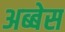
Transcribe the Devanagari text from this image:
अब्बेस